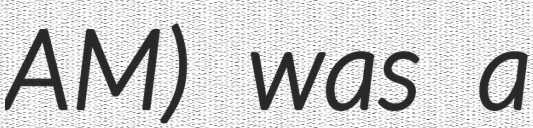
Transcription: AM) was a